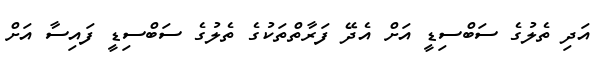
އަދި ތެލުގެ ސަބްސިޑީ އަށް އެދޭ ފަރާތްތަކުގެ ތެލުގެ ސަބްސިޑީ ފައިސާ އަށް